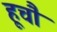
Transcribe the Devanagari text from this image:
हूचौ